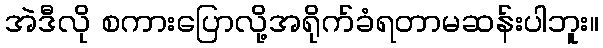
အဲဒီလို စကားပြောလို့အရိုက်ခံရတာမဆန်းပါဘူး။